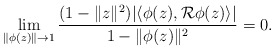
\begin{align*} \lim_{\|\phi(z)\|\to 1}\frac{(1- \|z\|^2) |\langle \phi(z), {\mathcal R\phi(z)}\rangle|}{1- \|\phi(z)\|^2}=0. \end{align*}